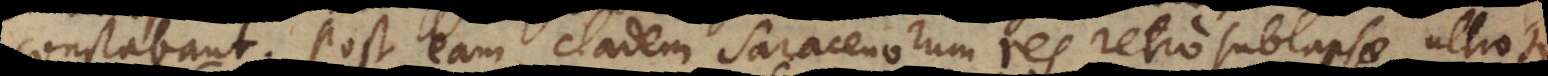
constabant. Post eam cladem Saracenorum res retro sublapsae ultroque